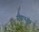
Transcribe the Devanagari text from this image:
रथापत्य